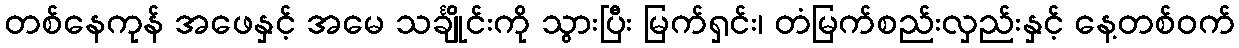
တစ်နေကုန် အဖေနှင့် အမေ သင်္ချိုင်းကို သွားပြီး မြက်ရှင်း၊ တံမြက်စည်းလှည်းနှင့် နေ့တစ်ဝက်